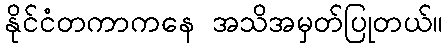
နိုင်ငံတကာကနေ အသိအမှတ်ပြုတယ်။